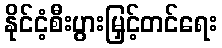
နိုင်ငံ့စီးပွားမြှင့်တင်ရေး